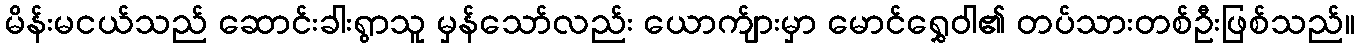
မိန်းမငယ်သည် ဆောင်းခါးရွာသူ မှန်သော်လည်း ယောက်ျားမှာ မောင်ရွှေဝါ၏ တပ်သားတစ်ဦးဖြစ်သည်။